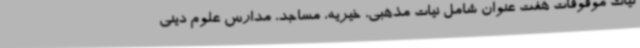
نیات موقوفات هفت عنوان شامل نیات مذهبی، خیریه، مساجد، مدارس علوم دینی